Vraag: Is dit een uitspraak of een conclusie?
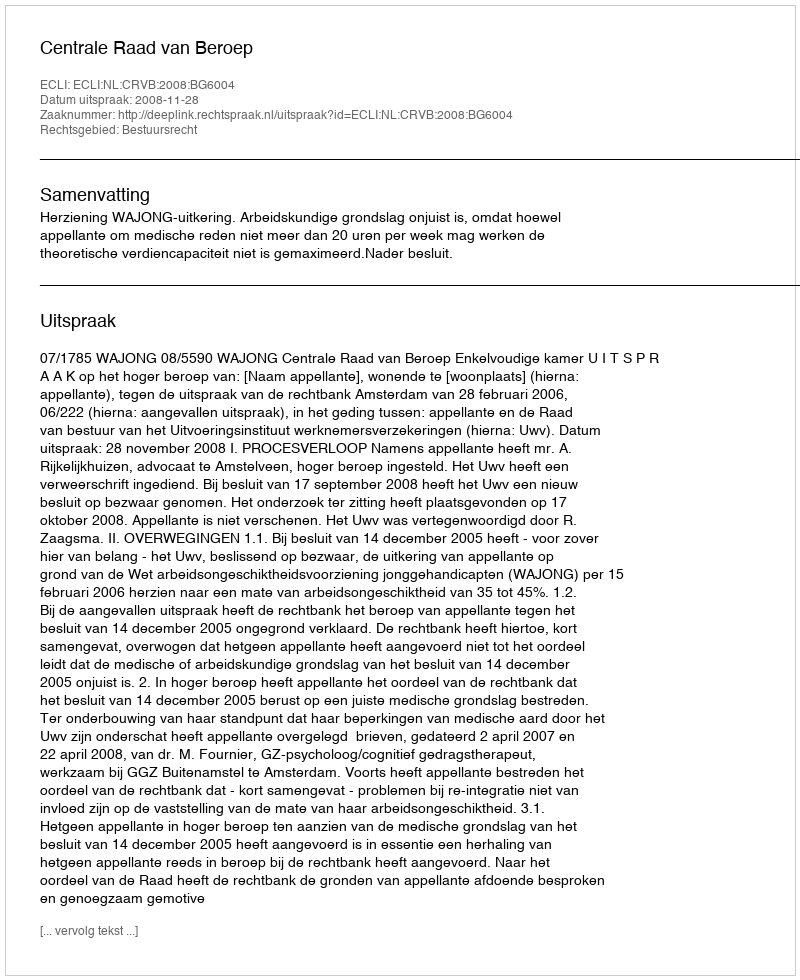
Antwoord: Uitspraak